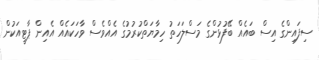
ސިފައިންގެ އިސް ބައެއް ބޭފުޅުންގެ މަސްލަހަތު ހިމާޔަތްކުރުމުގެ އެއްވެސް ވާހަކައެއް އެއިން ޕާޓީއަކުން